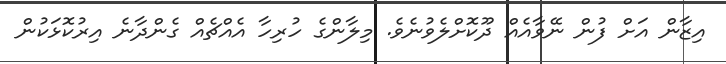
އިޒާން އަށް ފުން ނޭވާއެއް ދޫކޮށްލެވުނެވެ. މިލާންގެ ހުރިހާ އެއްޗެއް ގެންދާނެ އިރުކޮޅަކުން